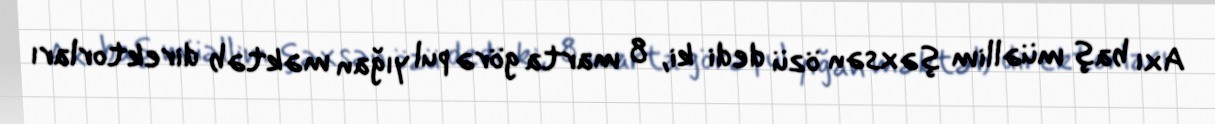
Axı baş müəllim şəxsən özü dedi ki, 8 marta görə pul yığan məktəb direktorları